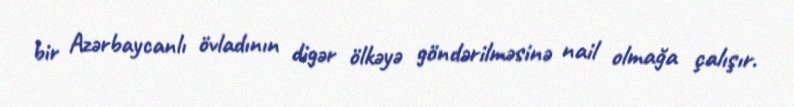
bir Azərbaycanlı övladının digər ölkəyə göndərilməsinə nail olmağa çalışır.